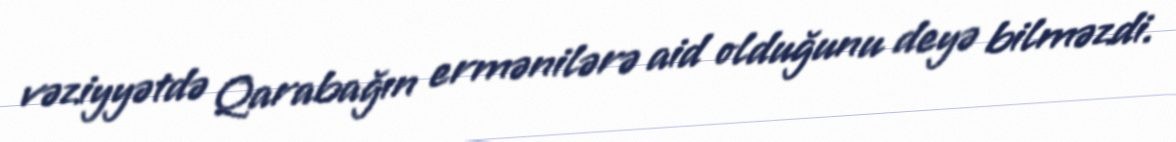
vəziyyətdə Qarabağın ermənilərə aid olduğunu deyə bilməzdi.